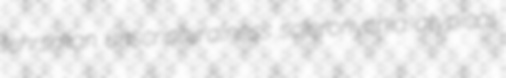
lehrsman unscripturalness scleronychia atypical